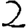
Digit: 2